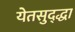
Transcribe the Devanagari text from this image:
येतसुद्द्धा